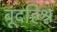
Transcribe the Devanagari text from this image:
बूंदहिश्न